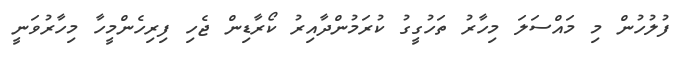
ފުލުހުން މި މައްސަލަ މިހާރު ތަހުގީގު ކުރަމުންދާއިރު ކޯރާޑިން ޖެހި ފިރިހެންމީހާ މިހާރުވަނީ